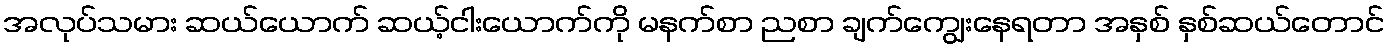
အလုပ်သမား ဆယ်ယောက် ဆယ့်ငါးယောက်ကို မနက်စာ ညစာ ချက်ကျွေးနေရတာ အနှစ် နှစ်ဆယ်တောင်